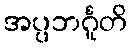
အပ္ပဘင်္ဂူတိ